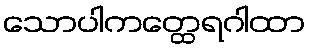
သောပါကတ္ထေရဂါထာ